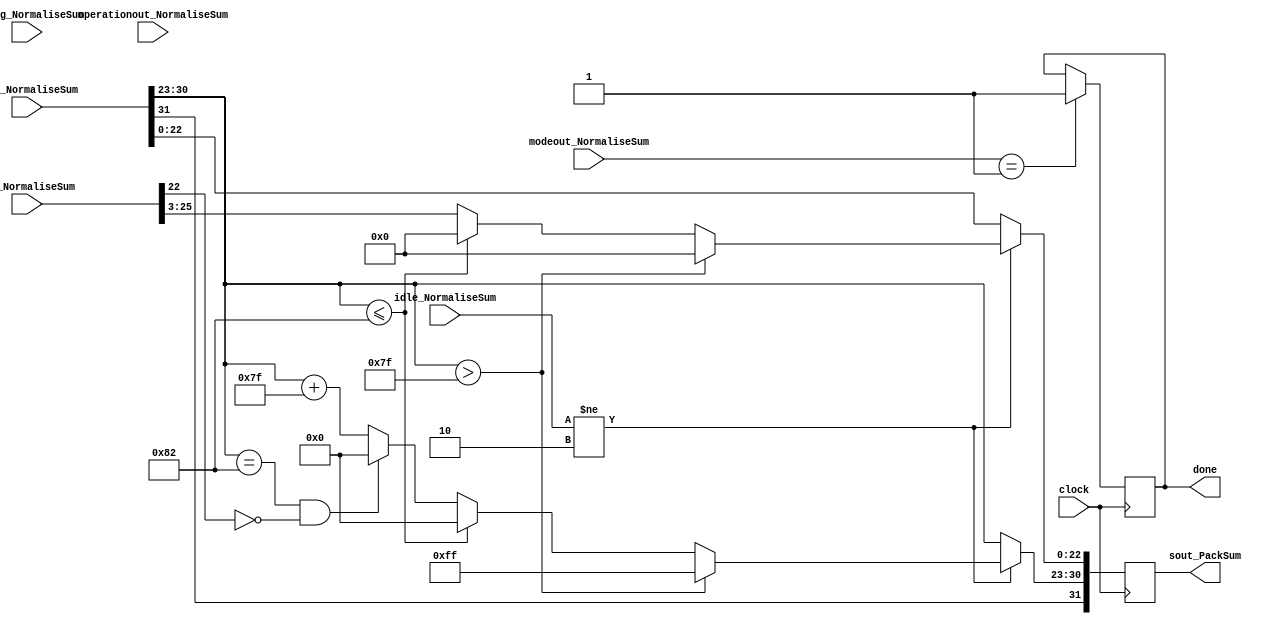
`timescale 1ns / 1ps
//////////////////////////////////////////////////////////////////////////////////
// Company: 
// Engineer: 
// 
// Design Name: 
// Module Name:    PackSum_y 
// Project Name: 
// Target Devices: 
// Tool versions: 
// Description: 
//
// Dependencies: 
//
// Revision: 
// Revision 0.01 - File Created
// Additional Comments: 
//
//////////////////////////////////////////////////////////////////////////////////
module PackSum_y(
	input [1:0] idle_NormaliseSum,
	input [31:0] sout_NormaliseSum,
	input [1:0] modeout_NormaliseSum,
	input operationout_NormaliseSum,
	input [27:0] sum_NormaliseSum,
	input [7:0] InsTag_NormaliseSum,
	input clock,
	output reg [31:0] sout_PackSum,
	output reg done = 1'b0
    );
	 
parameter mode_circular  =2'b01, 
			 mode_linear    =2'b00, 
			 mode_hyperbolic=2'b11;

parameter no_idle = 2'b00,
			 allign_idle = 2'b01,
			 put_idle = 2'b10;

wire s_sign;
wire [7:0] s_exponent;

assign s_sign = sout_NormaliseSum[31];
assign s_exponent = sout_NormaliseSum[30:23];

always @ (posedge clock)
begin
	
	if (modeout_NormaliseSum == mode_circular) begin
		done <= 1'b1;
	end		
	
	if (idle_NormaliseSum != put_idle) begin
		sout_PackSum[22:0] <= sum_NormaliseSum[25:3];
		sout_PackSum[30:23] <= s_exponent + 127;
		sout_PackSum[31] <= s_sign;
      if ($signed(s_exponent) == -126 && sum_NormaliseSum[22] == 0) begin
         sout_PackSum[30 : 23] <= 0;
      end
		  
		if ($signed(s_exponent) <= -126) begin
			sout_PackSum[30 : 23] <= 0;
			sout_PackSum[22:0] <= 0;
		end
		  
        //if overflow occurs, return inf
      if ($signed(s_exponent) > 127) begin
         sout_PackSum[22 : 0] <= 0;
         sout_PackSum[30 : 23] <= 255;
         sout_PackSum[31] <= s_sign;
      end		
	end
	
	else begin
		sout_PackSum <= sout_NormaliseSum;
	end
end


endmodule